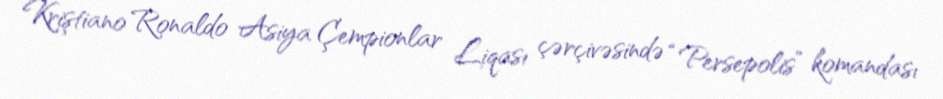
Kriştiano Ronaldo Asiya Çempionlar Liqası çərçivəsində “Persepolis” komandası